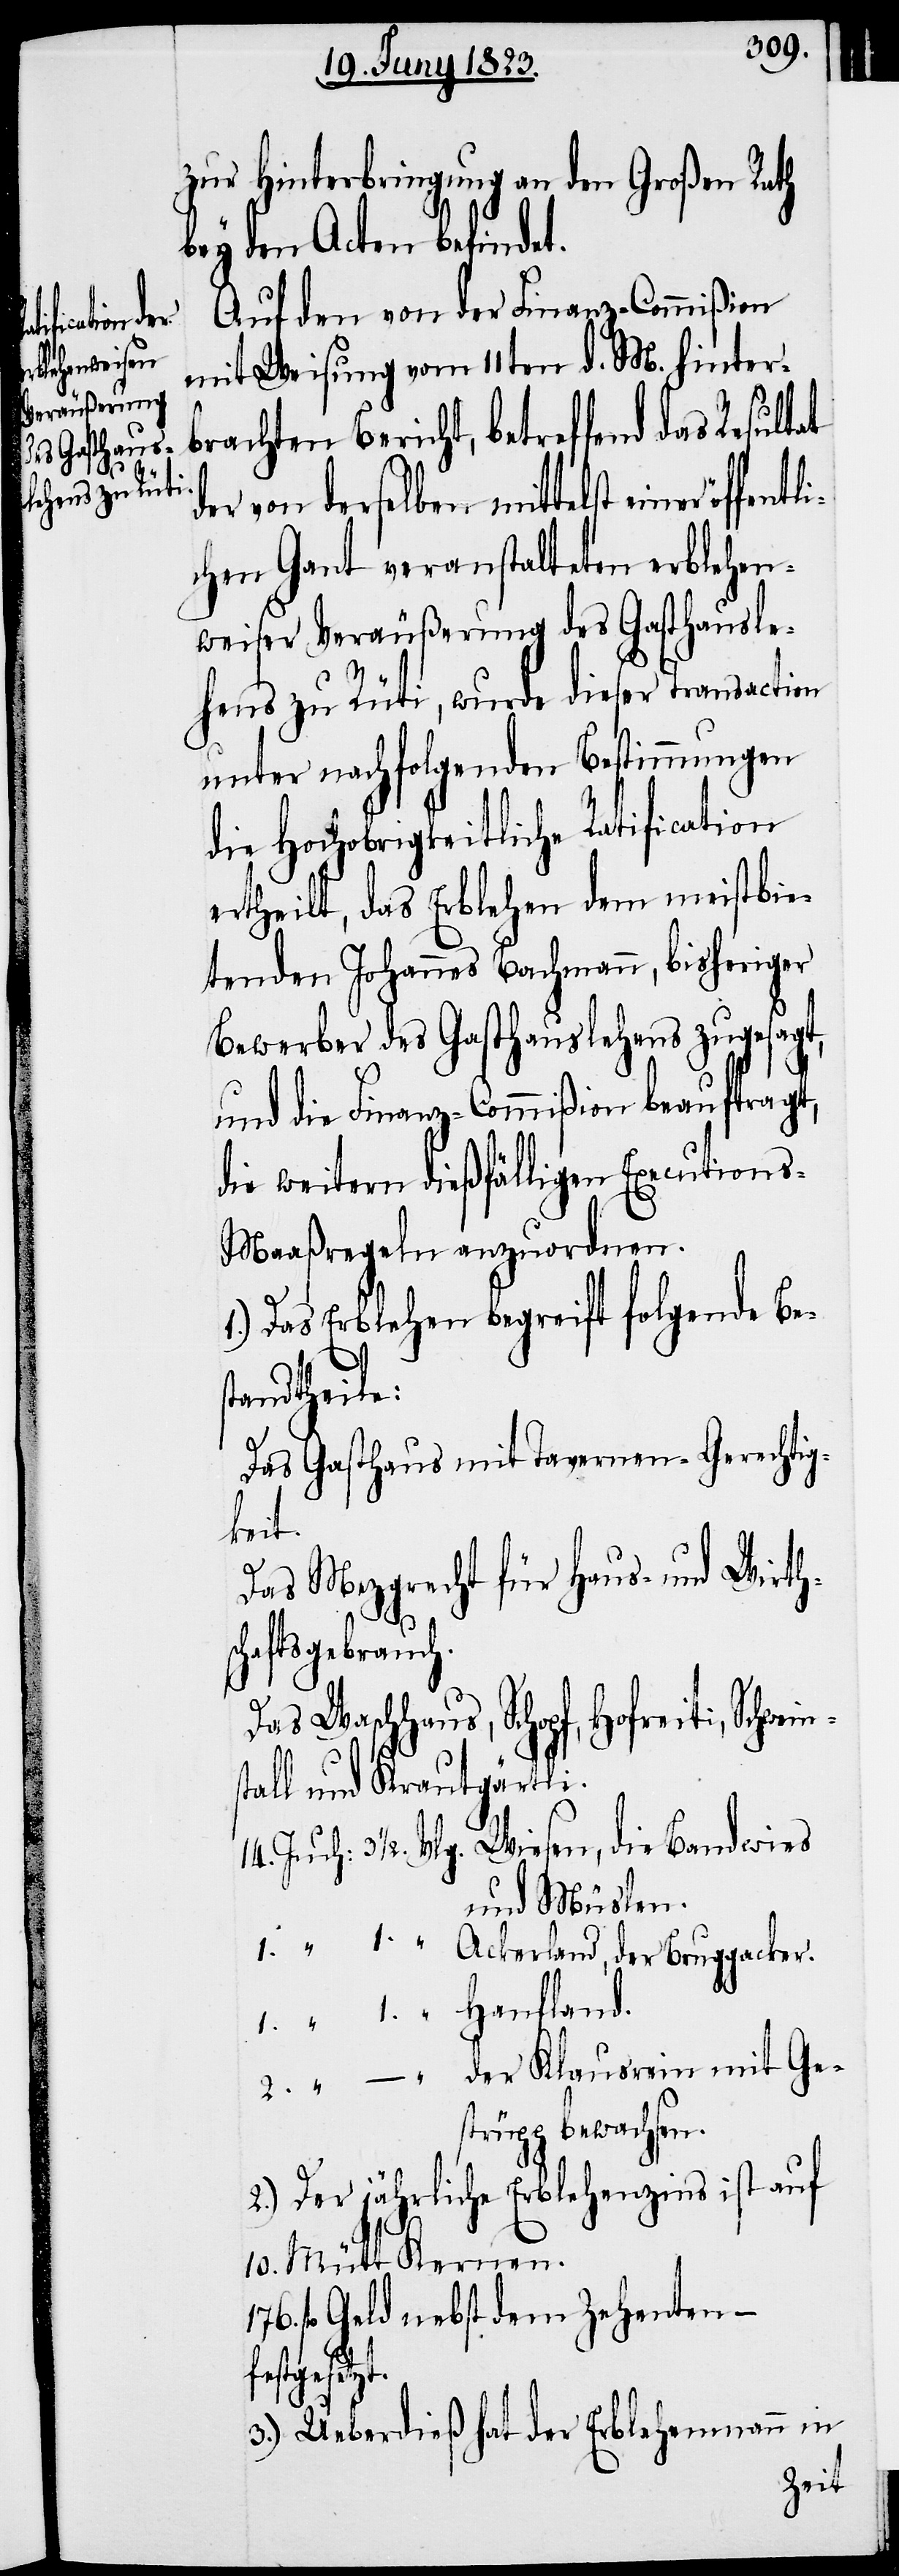
2.
„

zur Hinterbringung an den Großen Rath
bey den Acten befindet.
Auf den von der Finanz-Commißion
mit Weisung vom 11ten d. M. hinter¬
brachten Bericht, betreffend das Resultat
der von derselben mittelst einer öff¬
chen Gant veranstalteten erblehen¬
weiser Veräußerung des Gasthausle¬
hens zu Rüti, wurde dieser Transaction
unter nachfolgenden Bestimmungen
die Hochobrigkeitliche Ratification
ertheilt, das Erblehen dem meistbie¬
tenden Johannes Bachmann, bisheriger
Bewerber des Gasthauslehens zugesagt,
und die Finanz-Commißion beauftragt,
die weitern dießfälligen Execution¬
s-Maaßregeln anzuordnen.
1.) Das Erblehen begreift folgende Be¬
standtheile:
Das Gasthaus mit Tavernen-Gerechtig¬
keit.
Das Mezgrecht für Haus- und Wirth¬
Hanfland.
schaftsgebrauch.
Das Waschhaus, Schopf, Hofreiti, Schwe¬
tall und Krautgärtli.
und Müslen.
der Klausrein mit Ge¬
strüpp bewachsen.
2.) Der jährliche Erblehenzins ist auf
10. Mütt Kernen.
fl. Geld nebst dem Zehenten –
festgesetzt.
3.) Ueberdieß hat der Erblehenmann in